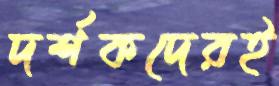
দর্শকদেরই